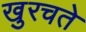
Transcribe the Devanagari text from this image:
खुरचते